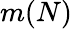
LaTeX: m(N)